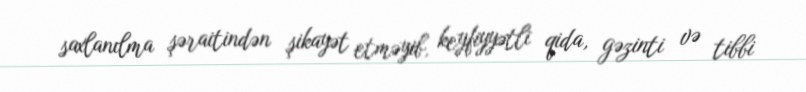
saxlanılma şəraitindən şikayət etməyib, keyfiyyətli qida, gəzinti və tibbi